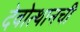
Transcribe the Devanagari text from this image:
देवोत्थानची